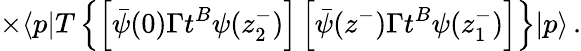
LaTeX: \times\langle p|T\left\{ \left[\bar{\psi}(0)\Gamma t^{B}\psi(z_{2}^{-})\right]\left[\bar{\psi}(z^{-})\Gamma t^{B}\psi(z_{1}^{-})\right]\right\} |p\rangle\, .